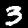
Label: 3